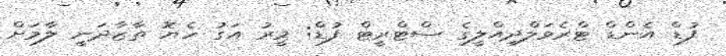
ފުޑް އެންޑް ޓްރެވަލްދިއްލީގެ ސްޓްރީޓް ފުޑް: މީރު އަގު ހެޔޮ ތާޒާދަނީ ލާމަށް